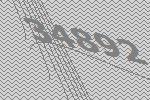
34892